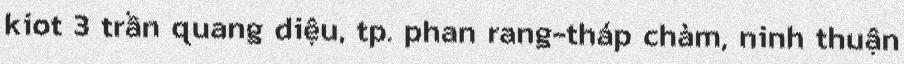
kiot 3 trần quang diệu, tp. phan rang-tháp chàm, ninh thuận